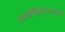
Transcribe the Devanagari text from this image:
असोशिएशनमध्ये